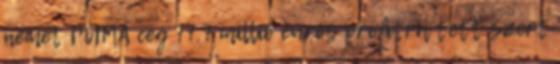
német PUMA cég 77.7 millió eurós profitra tett szert